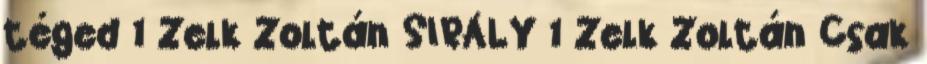
téged 1 Zelk Zoltán SIRÁLY 1 Zelk Zoltán Csak